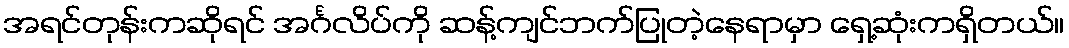
အရင်တုန်းကဆိုရင် အင်္ဂလိပ်ကို ဆန့်ကျင်ဘက်ပြုတဲ့နေရာမှာ ရှေ့ဆုံးကရှိတယ်။